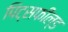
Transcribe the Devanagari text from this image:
पिट्सफील्ड